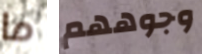
ما وجوههم